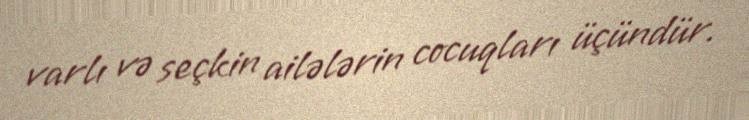
varlı və seçkin ailələrin cocuqları üçündür.